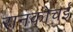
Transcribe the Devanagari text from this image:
रानकोचई